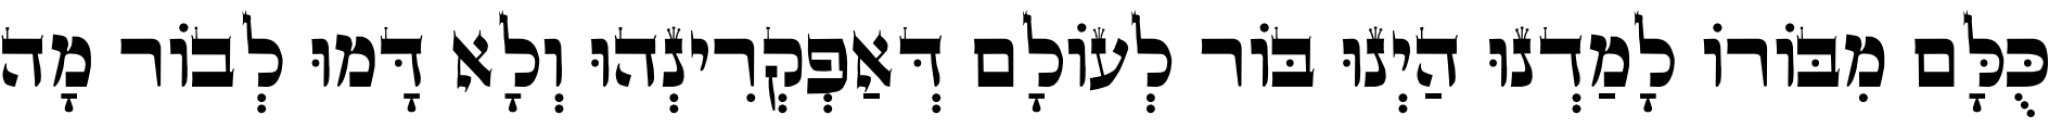
כֻּלָּם מִבּוֹרוֹ לָמַדְנוּ הַיְנוּ בּוֹר לְעוֹלָם דְּאַפְקְרִינְהוּ וְלָא דָּמוּ לְבוֹר מָה